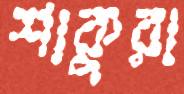
শাকুরা